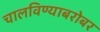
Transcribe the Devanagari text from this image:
चालविण्याबरोबर